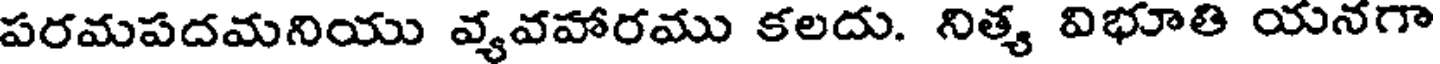
పరమపదమనియు వ్యవహారము కలదు. నిత్య విభూతి యనగా